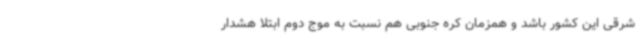
شرقی این کشور باشد و همزمان کره جنوبی هم نسبت به موج دوم ابتلا هشدار